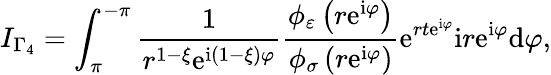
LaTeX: I_{\Gamma_{4}}=\int_{\pi}^{-\pi}\frac{1}{r^{1-\xi}\mathrm{e}^{\mathrm{i}\left(1-\xi\right)\varphi}}\frac{\phi_{\varepsilon}\left(r\mathrm{e}^{\mathrm{i}\varphi}\right)}{\phi_{\sigma}\left(r\mathrm{e}^{\mathrm{i}\varphi}\right)}\mathrm{e}^{rt\mathrm{e}^{\mathrm{i}\varphi}}\mathrm{i}r\mathrm{e}^{\mathrm{i}\varphi}\mathrm{d}\varphi,